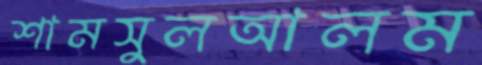
শামসুলআলম